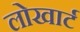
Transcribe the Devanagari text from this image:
लोखार्ट